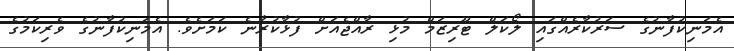
އެމަނިކުފާނުގެ ސަރުކާރެއްގައި ލޯކަލް ޓޫރިޒަމް މުޅި ރާއްޖެއަށް ފުޅާކުރާނެ ކަމަށެވެ. އެމަނިކުފާނުގެ ވެރިކަމުގެ